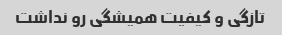
تازگی و کیفیت همیشگی رو نداشت